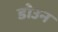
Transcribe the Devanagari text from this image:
डोउन